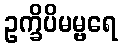
ဥက္ခိပိမမ္ဗရေ